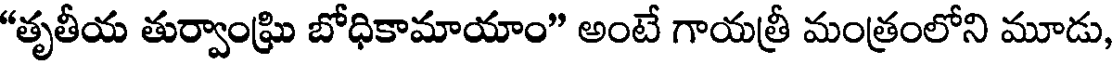
"తృతీయ తుర్వాంఘ్రి బోధికామాయాం" అంటే గాయత్రీ మంత్రంలోని మూడు,